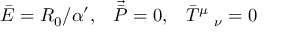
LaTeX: \bar { { \cal { E } } } = R _ { 0 } / \alpha ^ { \prime } , \; \; \; \vec { \bar { P } } = 0 , \; \; \; \bar { T } ^ { \mu } \; _ { \nu } = 0